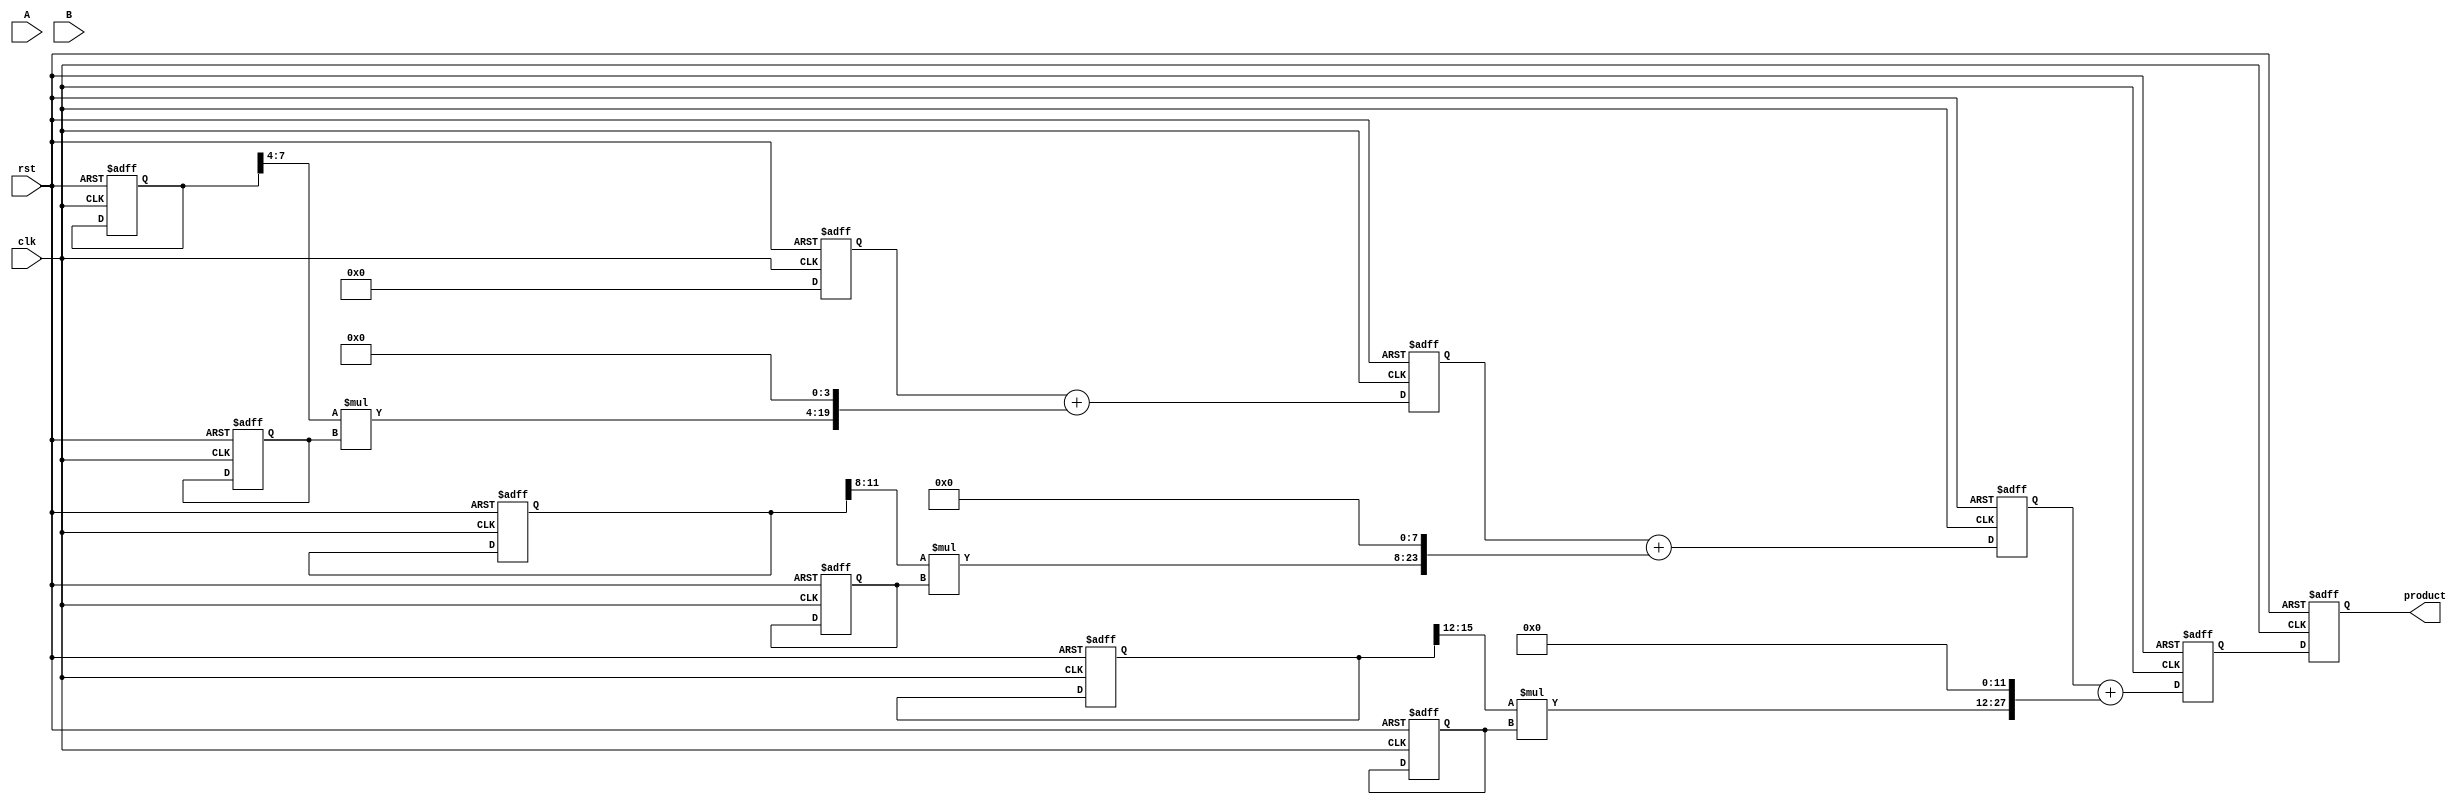
module pipelined_sliced_multiplier (
    input wire clk,
    input wire rst,
    input wire [15:0] A,
    input wire [15:0] B,
    output reg [31:0] product
);

// Parameter definitions
parameter SLICES = 4;      // Number of slices
parameter SLICE_WIDTH = 4; // Width of each slice in bits

// Intermediate signals for partial products
wire [15:0] partial_product[SLICES-1:0];

// Registers to hold input values (pipelining)
reg [15:0] A_reg [0:SLICES-1];
reg [15:0] B_reg [0:SLICES-1];

// Pipeline stage for output
reg [31:0] sum_reg [0:SLICES-1];

// Control signal for addition stages
reg [1:0] stage;

// Generate partial products for each slice
genvar i;
generate
    for (i = 0; i < SLICES; i = i + 1) begin : partial_product_generation
        assign partial_product[i] = A_reg[i][SLICE_WIDTH*i +: SLICE_WIDTH] * B_reg[i];
    end
endgenerate

// Pipeline control
always @(posedge clk or posedge rst) begin
    if (rst) begin
        // Reset all registers
        product <= 32'b0;
        A_reg[0] <= 16'b0;
        A_reg[1] <= 16'b0;
        A_reg[2] <= 16'b0;
        A_reg[3] <= 16'b0;
        B_reg[0] <= 16'b0;
        B_reg[1] <= 16'b0;
        B_reg[2] <= 16'b0;
        B_reg[3] <= 16'b0;
        sum_reg[0] <= 32'b0;
        sum_reg[1] <= 32'b0;
        sum_reg[2] <= 32'b0;
        sum_reg[3] <= 32'b0;
        stage <= 0;
    end else begin
        // Pipeline stages for multiplication
        A_reg[0] <= A;
        B_reg[0] <= B;

        sum_reg[0] <= {partial_product[0], 0};
        sum_reg[1] <= sum_reg[0] + {partial_product[1], 4'b0};
        sum_reg[2] <= sum_reg[1] + {partial_product[2], 8'b0};
        sum_reg[3] <= sum_reg[2] + {partial_product[3], 12'b0};

        // Final product output
        product <= sum_reg[3];
    end
end

endmodule